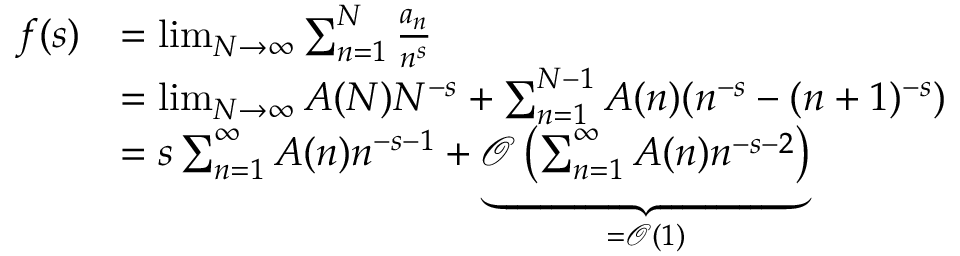
{ \begin{array} { r l } { f ( s ) } & { = \operatorname* { l i m } _ { N \to \infty } \sum _ { n = 1 } ^ { N } { \frac { a _ { n } } { n ^ { s } } } } \\ & { = \operatorname* { l i m } _ { N \to \infty } A ( N ) N ^ { - s } + \sum _ { n = 1 } ^ { N - 1 } A ( n ) ( n ^ { - s } - ( n + 1 ) ^ { - s } ) } \\ & { = s \sum _ { n = 1 } ^ { \infty } A ( n ) n ^ { - s - 1 } + \underbrace { { \mathcal { O } } \left( \sum _ { n = 1 } ^ { \infty } A ( n ) n ^ { - s - 2 } \right) } _ { = { \mathcal { O } } ( 1 ) } } \end{array} }